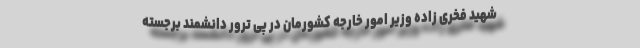
شهید فخری زاده وزیر امور خارجه کشورمان در پی ترور دانشمند برجسته